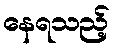
နေရသည့်